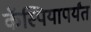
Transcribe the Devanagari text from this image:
कॅस्पियापर्यंत